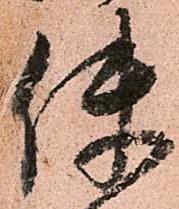
使